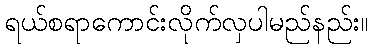
ရယ်စရာကောင်းလိုက်လှပါမည်နည်း။